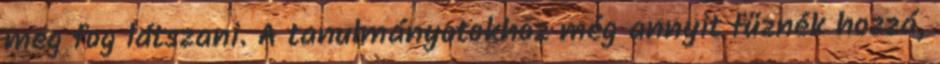
meg fog látszani. A tanulmányotokhoz még annyit fűznék hozzá,